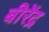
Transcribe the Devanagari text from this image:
बीरेंद्र